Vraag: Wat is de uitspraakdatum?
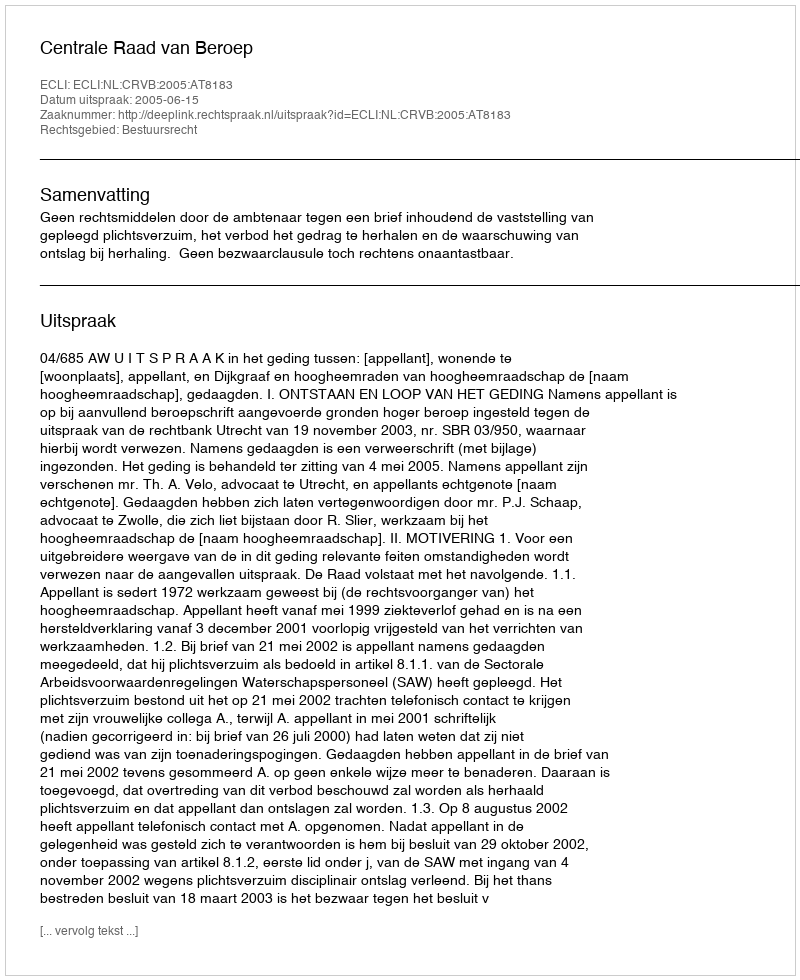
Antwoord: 2005-06-15